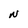
Character: N